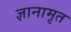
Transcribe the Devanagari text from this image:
ज्ञानामृत